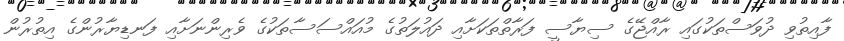
ފާއިތުވި ދުވަސްތަކުގައި ރާއްޖޭގެ ސިޔާސީ ފަރާތްތަކަށާއި ދައުލަތުގެ މުއައްސަސާތަކުގެ ވެރިންނަށާއި ފަނޑިޔާރުންގެ އިތުރުން